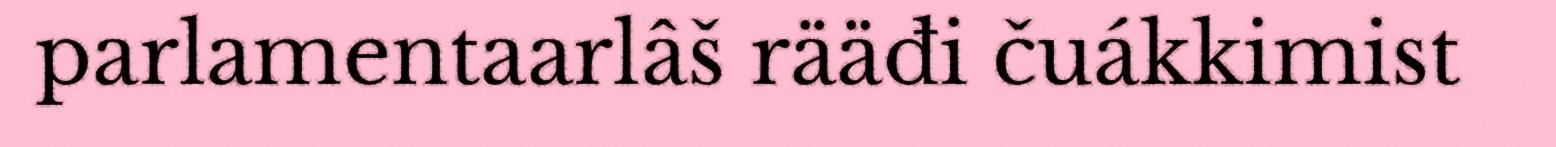
parlamentaarlâš rääđi čuákkimist